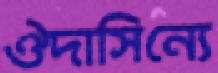
ঔদাসিন্যে